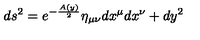
d s ^ { 2 } = e ^ { - \frac { A ( y ) } { 2 } } \eta _ { \mu \nu } d x ^ { \mu } d x ^ { \nu } + d y ^ { 2 }